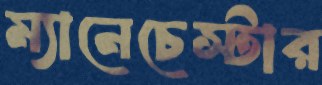
ম্যানেচেস্টার